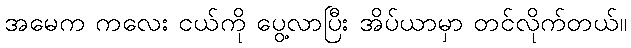
အမေက ကလေး ငယ်ကို ပွေ့လာပြီး အိပ်ယာမှာ တင်လိုက်တယ်။